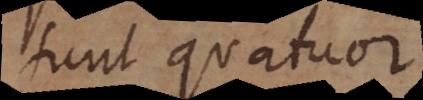
sunt quatuor